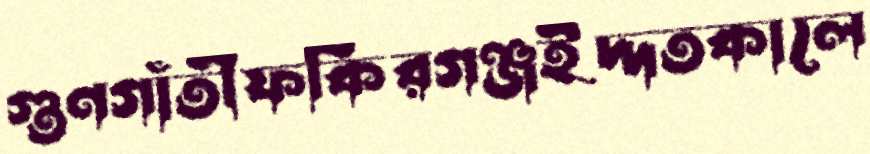
গুণগাঁতীফকিরগঞ্জইদ্দতকালে